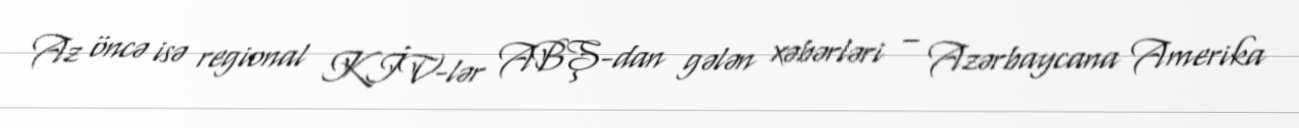
Az öncə isə regional KİV-lər ABŞ-dan gələn xəbərləri – Azərbaycana Amerika